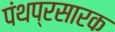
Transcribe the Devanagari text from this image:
पंथप्रसारक